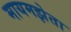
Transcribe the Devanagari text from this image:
मायमझेता